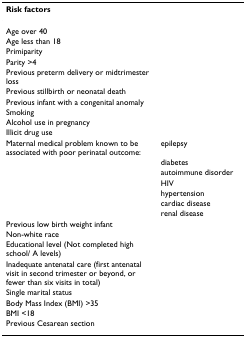
<table><thead><tr><td><b>Risk factors</b></td><td></td></tr></thead><tbody><tr><td>Age over 40</td><td></td></tr><tr><td>Age less than 18</td><td></td></tr><tr><td>Primiparity</td><td></td></tr><tr><td>Parity &gt;4</td><td></td></tr><tr><td>Previous preterm delivery or midtrimester loss</td><td></td></tr><tr><td>Previous stillbirth or neonatal death</td><td></td></tr><tr><td>Previous infant with a congenital anomaly</td><td></td></tr><tr><td>Smoking</td><td></td></tr><tr><td>Alcohol use in pregnancy</td><td></td></tr><tr><td>Illicit drug use</td><td></td></tr><tr><td>Maternal medical problem known to be associated with poor perinatal outcome:</td><td>epilepsy</td></tr><tr><td></td><td>diabetes</td></tr><tr><td></td><td>autoimmune disorder</td></tr><tr><td></td><td>HIV</td></tr><tr><td></td><td>hypertension</td></tr><tr><td></td><td>cardiac disease</td></tr><tr><td></td><td>renal disease</td></tr><tr><td>Previous low birth weight infant</td><td></td></tr><tr><td>Non-white race</td><td></td></tr><tr><td>Educational level (Not completed high school/ A levels)</td><td></td></tr><tr><td>Inadequate antenatal care (first antenatal visit in second trimester or beyond, or fewer than six visits in total)</td><td></td></tr><tr><td>Single marital status</td><td></td></tr><tr><td>Body Mass Index (BMI) &gt;35</td><td></td></tr><tr><td>BMI &lt;18</td><td></td></tr><tr><td>Previous Cesarean section</td><td></td></tr></tbody></table>